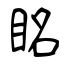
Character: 眳